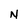
Character: N